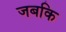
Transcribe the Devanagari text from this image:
जबकि